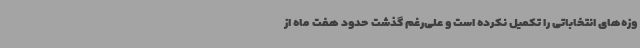
وزه‌های انتخاباتی را تکمیل نکرده است و علی‌رغم گذشت حدود هفت ماه از